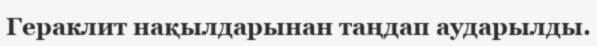
Гераклит нақылдарынан таңдап аударылды.